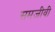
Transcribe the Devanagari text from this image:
समजीवी